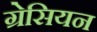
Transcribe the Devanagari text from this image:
ग्रेसियन